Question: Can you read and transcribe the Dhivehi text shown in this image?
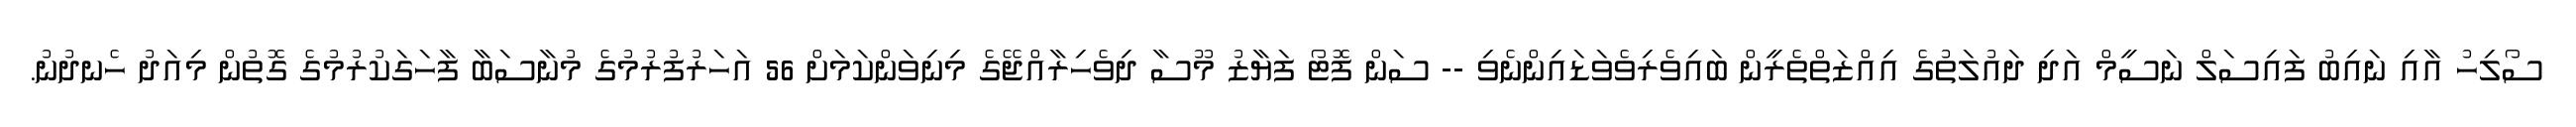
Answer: ސޯލިހު އާއި ނައިބު ފައިސަލް ނަސީމް އަދި ދައުލަތުގެ އިއްޒަތްތެރީން ބައިވެރިވެވަޑައިންނެވި -- ސަން ފޮޓޯ ފަޔާޒު މޫސާ ދިވެހިރާއްޖޭގެ މިނިވަންކަމަށް 56 އަހަރުފުރުމުގެ މުނާސަބާ ފާހަގަކުރުމުގެ ގޮތުން މިއަދު ހެނދުނު.